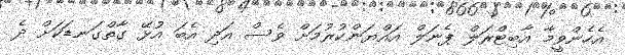
އެހެންވީމާ އާބިޓްރަލް ޕެނަލް އައްޔަންކުރުމަށް ވެސް އަދި އެބަ އުޅޭ ގާތްގަނޑަކަށް ދެ